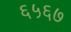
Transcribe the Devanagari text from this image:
६५६७